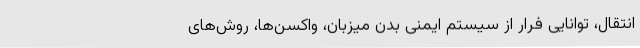
انتقال، توانایی فرار از سیستم ایمنی بدن میزبان، واکسن‌ها، روش‌های